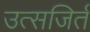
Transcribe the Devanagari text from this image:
उत्सजिर्त